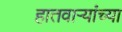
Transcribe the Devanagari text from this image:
हातवाऱ्यांच्या